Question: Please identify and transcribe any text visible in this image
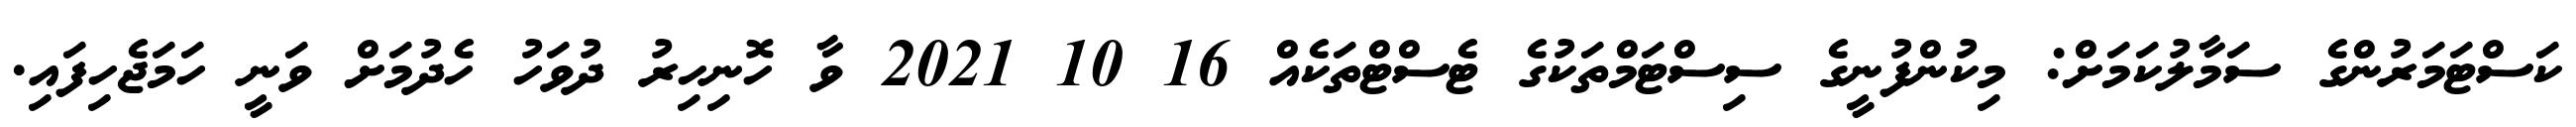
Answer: ކަސްޓަމަރުންގެ ސަމާލުކަމަށް: މިކުންފުނީގެ ސިސްޓަމްތަކުގެ ޓެސްޓްތަކެއް 16 10 2021 ވާ ހޮނިހިރު ދުވަހު ހެދުމަށް ވަނީ ހަމަޖެހިފައި.